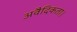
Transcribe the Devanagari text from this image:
अवैदिकता।